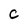
Character: C